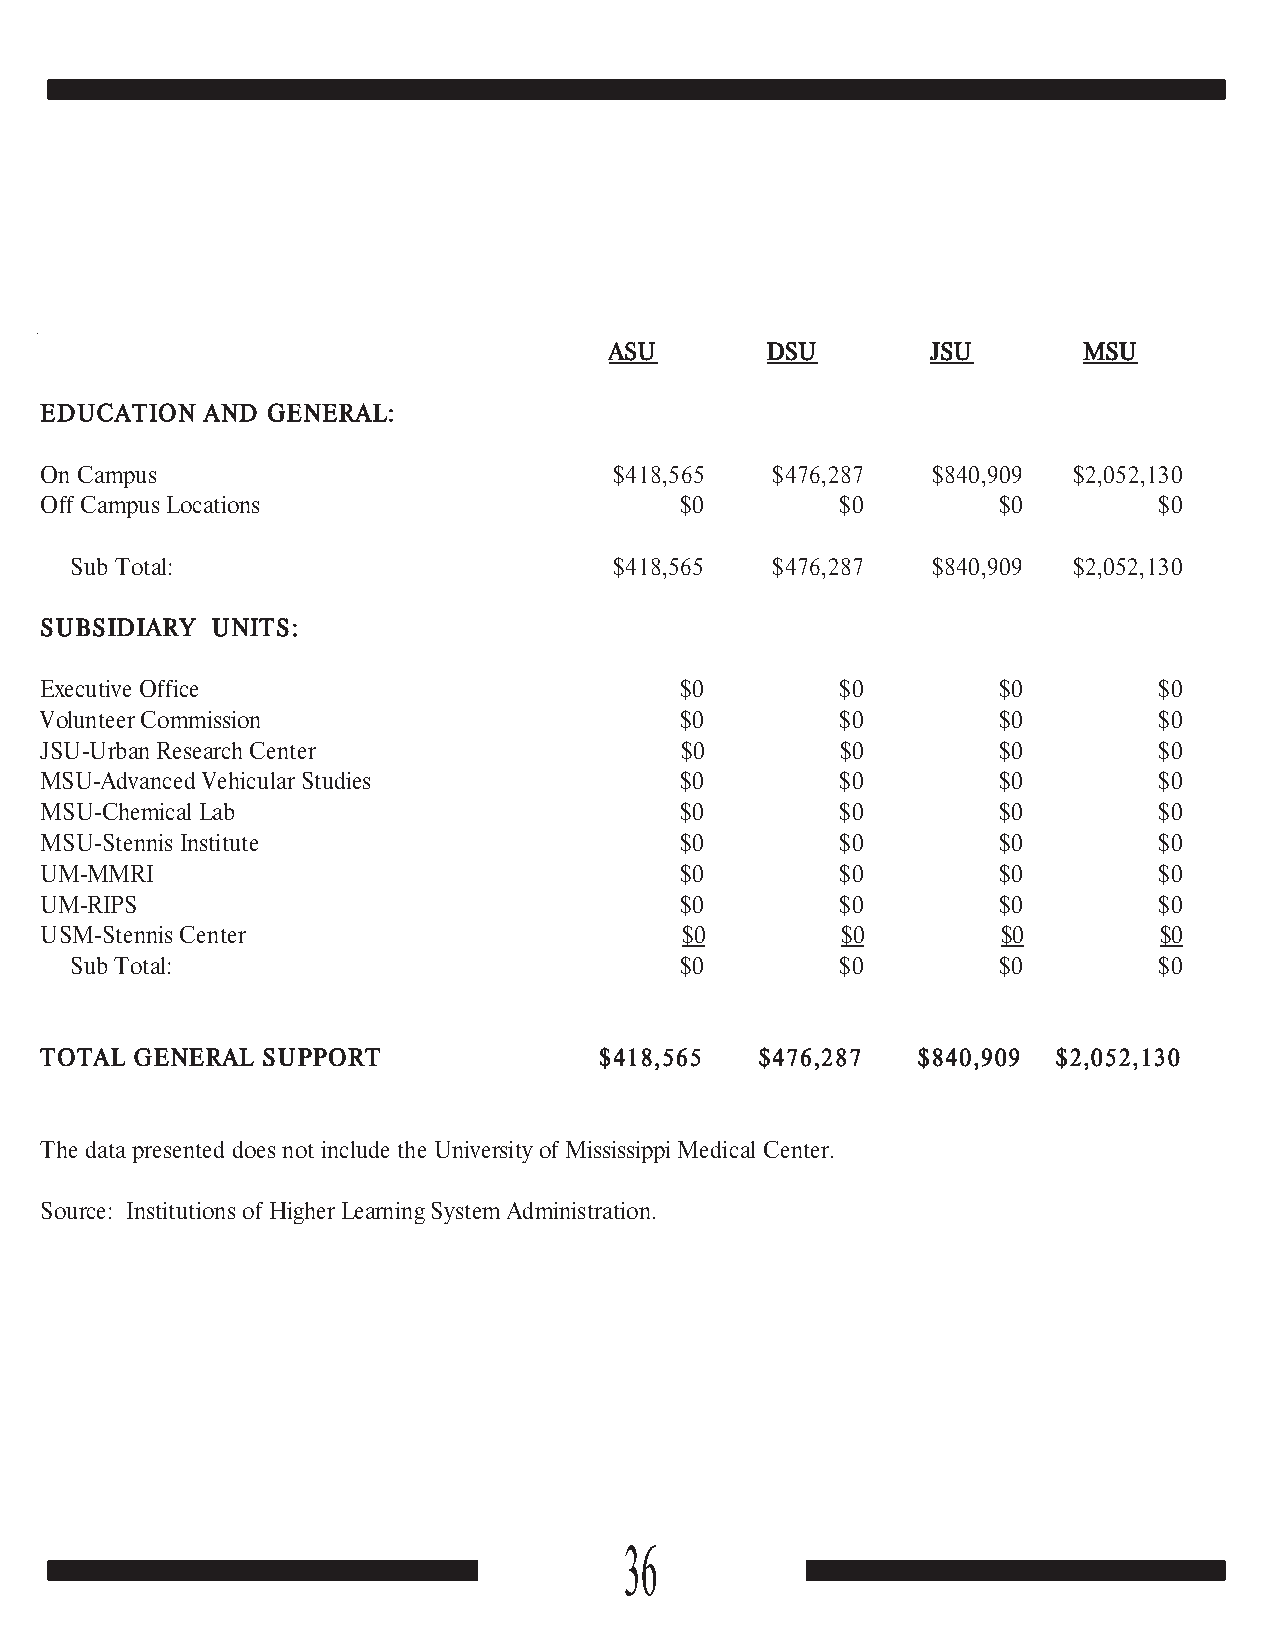
ASU        DSU        JSU       MSU
 EDUCATION  AND GENERAL:
 On Campus                             $418,565  $476,287   $840,909 $2,052,130
 Off Campus Locations                      $0         $0        $0         $0
 Sub Total:                          $418,565  $476,287   $840,909 $2,052,130
 SUBSIDIARY UNITS:
 Executive Office                          $0         $0        $0         $0
 Volunteer Commission                      $0         $0        $0         $0
 JSU-Urban Research Center                 $0         $0        $0         $0
 MSU-Advanced Vehicular Studies            $0         $0        $0         $0
 MSU-Chemical Lab                          $0         $0        $0         $0
 MSU-Stennis Institute                     $0         $0        $0         $0
 UM-MMRI                                   $0         $0        $0         $0
 UM-RIPS                                   $0         $0        $0         $0
 USM-Stennis Center                        $0         $0        $0         $0
 Sub Total:                              $0         $0        $0         $0
 TOTAL GENERAL SUPPORT                $418,565  $476,287   $840,909 $2,052,130
 The data presented does not include the University of Mississippi Medical Center.
 Source: Institutions of Higher Learning System Administration.
 36